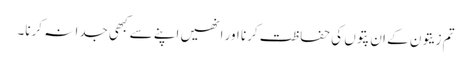
تم زیتون کے ان پتوں کی حفاظت کرنا اور انھیں اپنے سے کبھی جدا نہ کرنا۔